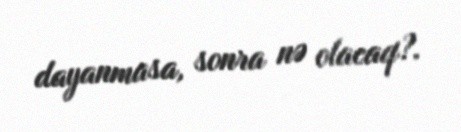
dayanmasa, sonra nə olacaq?.